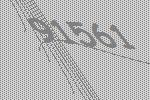
91561